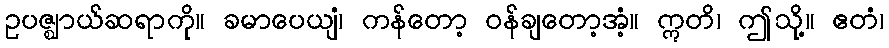
ဥပဇ္ဈာယ်ဆရာကို။ ခမာပေယျံ၊ ကန်တော့ ဝန်ချတော့အံ့။ ဣတိ၊ ဤသို့။ ဧတံ၊